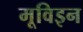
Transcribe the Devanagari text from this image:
मूविइन